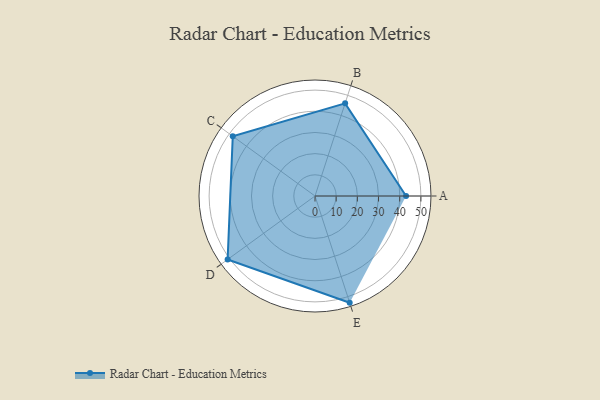
{"axis": {"x": "Skill", "y": "Score"}, "legend": ["Profile"], "data": [{"x": "A", "y": 43.0, "type": "Profile"}, {"x": "B", "y": 46.0, "type": "Profile"}, {"x": "C", "y": 48.0, "type": "Profile"}, {"x": "D", "y": 51.0, "type": "Profile"}, {"x": "E", "y": 53.0, "type": "Profile"}]}